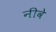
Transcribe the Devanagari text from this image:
नीवे